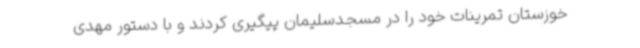
خوزستان تمرینات خود را در مسجدسلیمان پیگیری کردند و با دستور مهدی